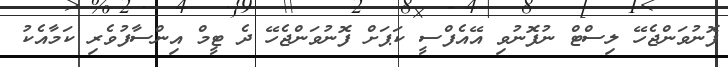
ފޮނުވަންޖެހޭ ލިސްޓް ނުފޮނުވި އޭއެފްސީ ކަޕަށް ފޮނުވަންޖެހޭ ދެ ޓީމް އިންސާފުވެރި ކަމާއެކު